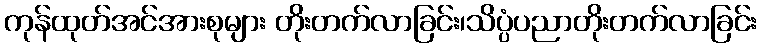
ကုန်ထုတ်အင်အားစုများ တိုးတက်လာခြင်း၊သိပ္ပံပညာတိုးတက်လာခြင်း